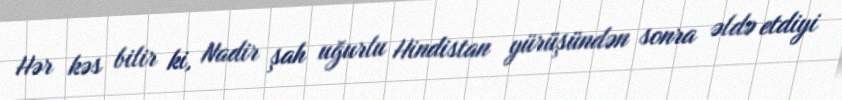
Hər kəs bilir ki, Nadir şah uğurlu Hindistan yürüşündən sonra əldə etdiyi